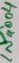
Text: 1N4004